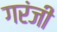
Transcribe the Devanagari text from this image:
गरंजी